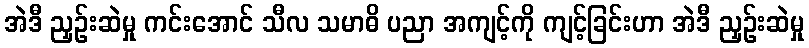
အဲဒီ ညှဉ်းဆဲမှု ကင်းအောင် သီလ သမာဓိ ပညာ အကျင့်ကို ကျင့်ခြင်းဟာ အဲဒီ ညှဉ်းဆဲမှု